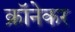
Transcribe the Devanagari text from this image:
क्रॉनेकर